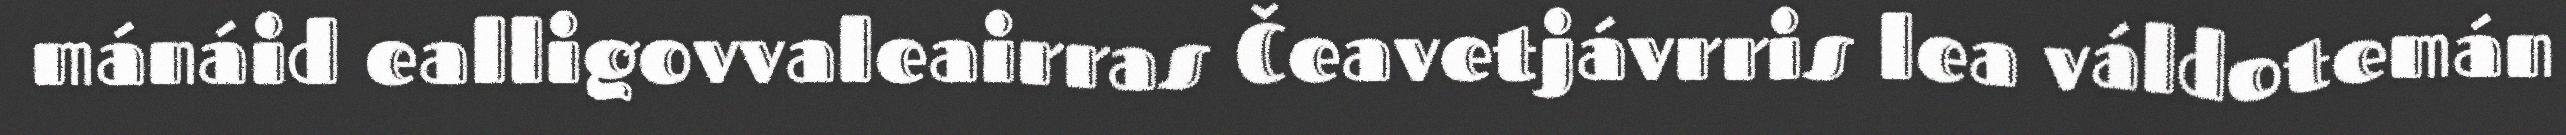
mánáid ealligovvaleairras Čeavetjávrris lea váldotemán